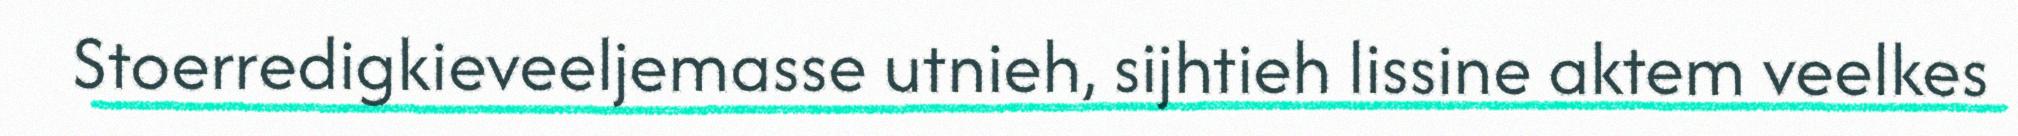
Stoerredigkieveeljemasse utnieh, sijhtieh lissine aktem veelkes